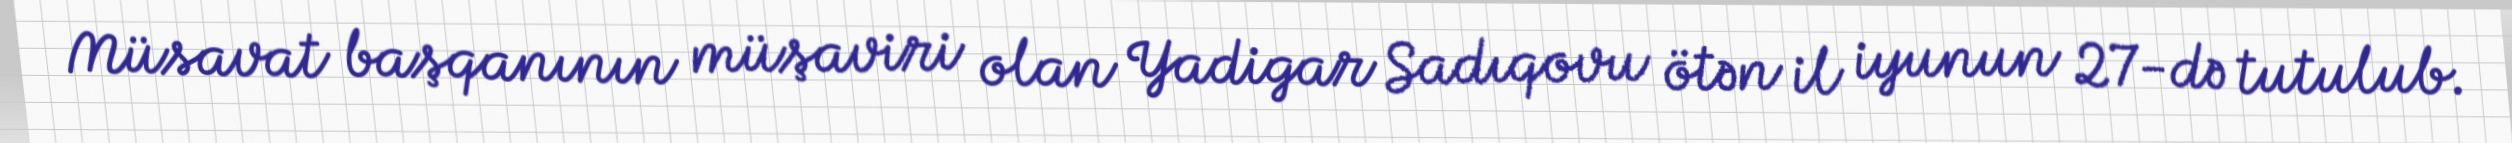
Müsavat başqanının müşaviri olan Yadigar Sadıqovu ötən il iyunun 27-də tutulub.